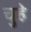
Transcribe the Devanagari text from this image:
चुहे